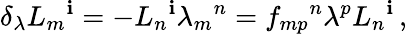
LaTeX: \delta_{\lambda}L_{m}{}^{\mathbf{i}}=-L_{n}{}^{\mathbf{i}}\lambda_{m}{}^{n}=f_{mp}{}^{n}\lambda^{p}L_{n}{}^{\mathbf{i}}\, ,